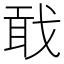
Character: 𢧎